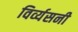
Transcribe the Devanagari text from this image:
विर्व्यसनी